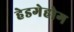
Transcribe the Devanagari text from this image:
हेडगेहोग